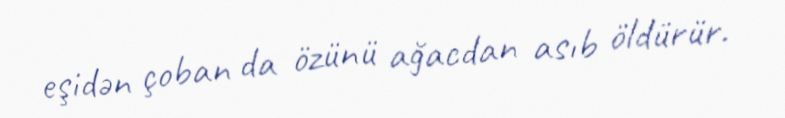
eşidən çoban da özünü ağacdan asıb öldürür.